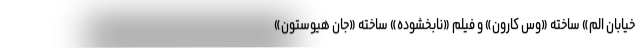
خیابان الم» ساخته «وس کارون» و فیلم «نابخشوده» ساخته «جان هیوستون»